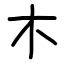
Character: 木